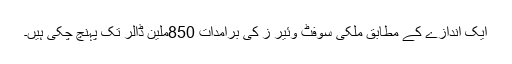
ایک اندازے کے مطابق ملکی سوفٹ وئیر ز کی برامدات 850ملین ڈالر تک پہنچ چکی ہیں۔